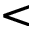
<